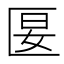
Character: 匽